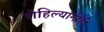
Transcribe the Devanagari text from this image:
रोहिल्यांनीही